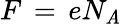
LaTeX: F\, =\, eN_{\mathit{A}}